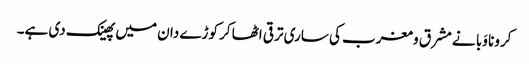
کرونا وَبا نے مشرق و مغرب کی ساری ترقی اٹھا کر کوڑے دان میں پھینک دی ہے۔